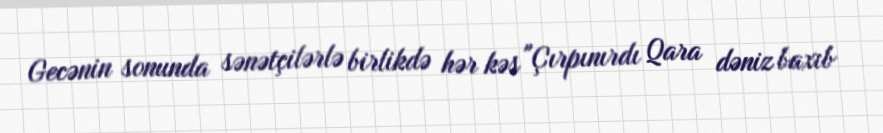
Gecənin sonunda sənətçilərlə birlikdə hər kəs "Çırpınırdı Qara dəniz baxıb